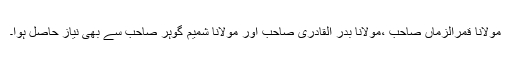
مولانا قمرالزماں صاحب ،مولانا بدر القادری صاحب اور مولانا شمیم گوہر صاحب سے بھی نیاز حاصل ہوا۔